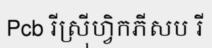
Pcb រីស្រ៊ីហ្វិកភីសប រី